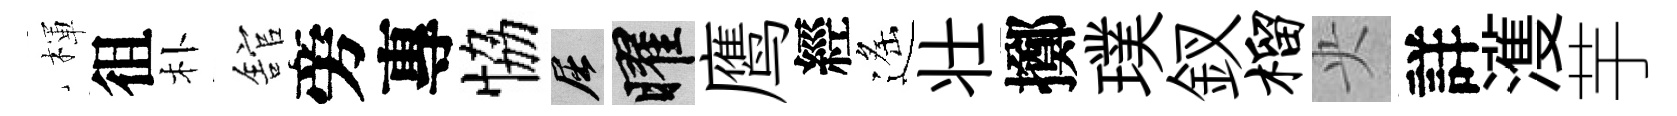
楎徂朴舘旁專恊屈曜鹰經遙壮擲璞釵榴央詳濩芋